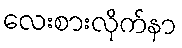
လေးစားလိုက်နာ